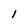
Character: 1